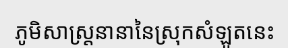
ភូមិសាស្ត្រនានានៃស្រុកសំឡូតនេះ